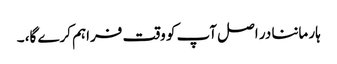
ہار ماننا در اصل آپ کو وقت فراہم کرے گا، ۔